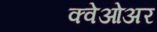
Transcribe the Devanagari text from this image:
क्वेओअर